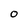
Character: O